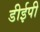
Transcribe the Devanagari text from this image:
डीईपी